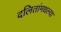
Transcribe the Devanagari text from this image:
दलितांमधल्या